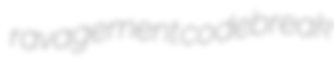
ravagement codebreak